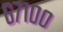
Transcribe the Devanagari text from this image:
६७१००